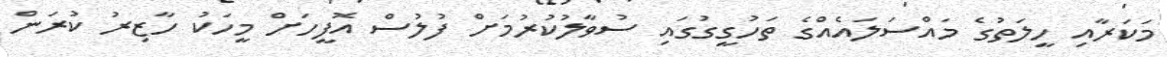
މަކަރާއި ހީލަތުގެ މައްސަލައެއްގެ ތަހުގީގުގައި ސުވާލުކުރުމަށް ފުލުސް އޮފީހަށް މީހަކު ހާޒިރު ކުރަން